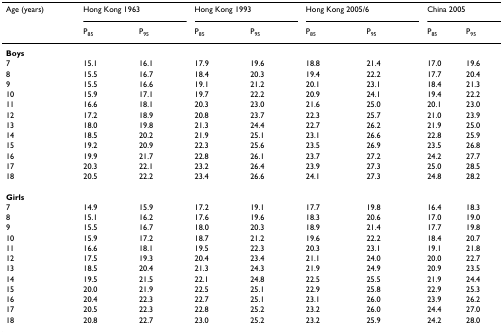
<table><thead><tr><td><b>Age (years)</b></td><td colspan="2"><b>Hong Kong 1963</b></td><td colspan="2"><b>Hong Kong 1993</b></td><td colspan="2"><b>Hong Kong 2005/6</b></td><td colspan="2"><b>China 2005</b></td></tr><tr><td></td><td><b>P<sub>85</sub></b></td><td><b>P<sub>95</sub></b></td><td><b>P<sub>85</sub></b></td><td><b>P<sub>95</sub></b></td><td><b>P<sub>85</sub></b></td><td><b>P<sub>95</sub></b></td><td><b>P<sub>85</sub></b></td><td><b>P<sub>95</sub></b></td></tr></thead><tbody><tr><td><b>Boys</b></td><td></td><td></td><td></td><td></td><td></td><td></td><td></td><td></td></tr><tr><td>7</td><td>15.1</td><td>16.1</td><td>17.9</td><td>19.6</td><td>18.8</td><td>21.4</td><td>17.0</td><td>19.6</td></tr><tr><td>8</td><td>15.5</td><td>16.7</td><td>18.4</td><td>20.3</td><td>19.4</td><td>22.2</td><td>17.7</td><td>20.4</td></tr><tr><td>9</td><td>15.5</td><td>16.6</td><td>19.1</td><td>21.2</td><td>20.1</td><td>23.1</td><td>18.4</td><td>21.3</td></tr><tr><td>10</td><td>15.9</td><td>17.1</td><td>19.7</td><td>22.2</td><td>20.9</td><td>24.1</td><td>19.4</td><td>22.2</td></tr><tr><td>11</td><td>16.6</td><td>18.1</td><td>20.3</td><td>23.0</td><td>21.6</td><td>25.0</td><td>20.1</td><td>23.0</td></tr><tr><td>12</td><td>17.2</td><td>18.9</td><td>20.8</td><td>23.7</td><td>22.3</td><td>25.7</td><td>21.0</td><td>23.9</td></tr><tr><td>13</td><td>18.0</td><td>19.8</td><td>21.3</td><td>24.4</td><td>22.7</td><td>26.2</td><td>21.9</td><td>25.0</td></tr><tr><td>14</td><td>18.5</td><td>20.2</td><td>21.9</td><td>25.1</td><td>23.1</td><td>26.6</td><td>22.8</td><td>25.9</td></tr><tr><td>15</td><td>19.2</td><td>20.9</td><td>22.3</td><td>25.6</td><td>23.5</td><td>26.9</td><td>23.5</td><td>26.8</td></tr><tr><td>16</td><td>19.9</td><td>21.7</td><td>22.8</td><td>26.1</td><td>23.7</td><td>27.2</td><td>24.2</td><td>27.7</td></tr><tr><td>17</td><td>20.3</td><td>22.1</td><td>23.2</td><td>26.4</td><td>23.9</td><td>27.3</td><td>25.0</td><td>28.5</td></tr><tr><td>18</td><td>20.5</td><td>22.2</td><td>23.4</td><td>26.6</td><td>24.1</td><td>27.3</td><td>24.8</td><td>28.2</td></tr><tr><td><b>Girls</b></td><td></td><td></td><td></td><td></td><td></td><td></td><td></td><td></td></tr><tr><td>7</td><td>14.9</td><td>15.9</td><td>17.2</td><td>19.1</td><td>17.7</td><td>19.8</td><td>16.4</td><td>18.3</td></tr><tr><td>8</td><td>15.1</td><td>16.2</td><td>17.6</td><td>19.6</td><td>18.3</td><td>20.6</td><td>17.0</td><td>19.0</td></tr><tr><td>9</td><td>15.5</td><td>16.7</td><td>18.0</td><td>20.3</td><td>18.9</td><td>21.4</td><td>17.7</td><td>19.8</td></tr><tr><td>10</td><td>15.9</td><td>17.2</td><td>18.7</td><td>21.2</td><td>19.6</td><td>22.2</td><td>18.4</td><td>20.7</td></tr><tr><td>11</td><td>16.6</td><td>18.1</td><td>19.5</td><td>22.3</td><td>20.3</td><td>23.1</td><td>19.1</td><td>21.8</td></tr><tr><td>12</td><td>17.5</td><td>19.3</td><td>20.4</td><td>23.4</td><td>21.1</td><td>24.0</td><td>20.0</td><td>22.7</td></tr><tr><td>13</td><td>18.5</td><td>20.4</td><td>21.3</td><td>24.3</td><td>21.9</td><td>24.9</td><td>20.9</td><td>23.5</td></tr><tr><td>14</td><td>19.5</td><td>21.5</td><td>22.1</td><td>24.8</td><td>22.5</td><td>25.5</td><td>21.9</td><td>24.4</td></tr><tr><td>15</td><td>20.0</td><td>21.9</td><td>22.5</td><td>25.1</td><td>22.9</td><td>25.8</td><td>22.9</td><td>25.3</td></tr><tr><td>16</td><td>20.4</td><td>22.3</td><td>22.7</td><td>25.1</td><td>23.1</td><td>26.0</td><td>23.9</td><td>26.2</td></tr><tr><td>17</td><td>20.5</td><td>22.3</td><td>22.8</td><td>25.2</td><td>23.2</td><td>26.0</td><td>24.4</td><td>27.0</td></tr><tr><td>18</td><td>20.8</td><td>22.7</td><td>23.0</td><td>25.2</td><td>23.2</td><td>25.9</td><td>24.2</td><td>28.0</td></tr></tbody></table>